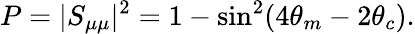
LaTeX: P=|S_{\mu\mu}|^{2}=1-\sin^{2}(4\theta_{m}-2\theta_{c}).